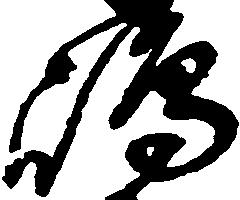
島